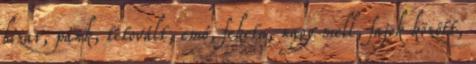
bizar, pánk, tetovált, emó, fekete, nagy mell, fajok között,